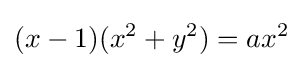
(x-1)(x^{2}+y^{2})=ax^{2}